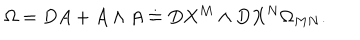
\Omega = D A + A \wedge A \doteq D X ^ { M } \wedge D X ^ { N } \Omega _ { M N } .